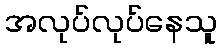
အလုပ်လုပ်နေသူ